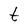
Character: t